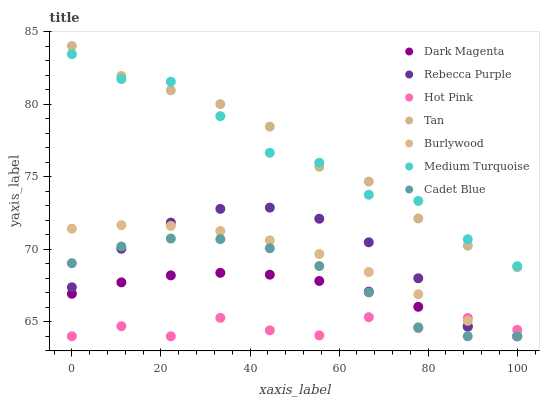
| xaxis_label | Dark Magenta | Rebecca Purple | Hot Pink | Tan | Burlywood | Medium Turquoise | Cadet Blue |
 | --- | --- | --- | --- | --- | --- | --- | --- |
 | 0 | 66.9 | 67.4 | 64 | 84 | 71.4 | 83.4 | 69 |
 | 11.1 | 67.7 | 70 | 64.7 | 81.9 | 71.7 | 81.7 | 70.2 |
 | 22.2 | 68.2 | 71.8 | 64 | 80.9 | 71.6 | 81.5 | 70.7 |
 | 33.3 | 68.4 | 72.8 | 65.3 | 80 | 71.3 | 79.2 | 70.7 |
 | 44.4 | 68.2 | 72.9 | 64.4 | 78.4 | 70.6 | 76.6 | 70.1 |
 | 55.6 | 67.8 | 72.1 | 64.1 | 75.7 | 69.7 | 76 | 68.8 |
 | 66.7 | 67.1 | 70.5 | 65.3 | 74.7 | 68.4 | 73.7 | 67 |
 | 77.8 | 66 | 68 | 64.6 | 72.1 | 66.9 | 73.3 | 64.6 |
 | 88.9 | 64.7 | 64.7 | 65.3 | 70.2 | 65.1 | 70.7 | 64 |
 | 100 | 64 | 64 | 64.4 | 68.8 | 64 | 68.8 | 64 |